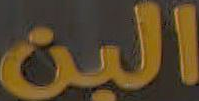
البن